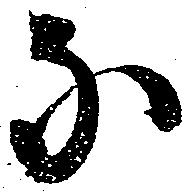
な